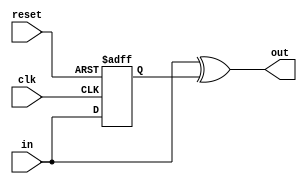
/*
  File: toggle2pulse.v
 
  This file is part of the Parallella FPGA Reference Design.

  Copyright (C) 2013 Adapteva, Inc.
  Contributed by Roman Trogan <support@adapteva.com>

  This program is free software: you can redistribute it and/or modify
  it under the terms of the GNU General Public License as published by
  the Free Software Foundation, either version 3 of the License, or
  (at your option) any later version.

  This program is distributed in the hope that it will be useful,
  but WITHOUT ANY WARRANTY; without even the implied warranty of
  MERCHANTABILITY or FITNESS FOR A PARTICULAR PURPOSE.  See the
  GNU General Public License for more details.

  You should have received a copy of the GNU General Public License
  along with this program (see the file COPYING).  If not, see
  <http://www.gnu.org/licenses/>.
*/
module toggle2pulse(/*AUTOARG*/
   // Outputs
   out,
   // Inputs
   clk, in, reset
   );

   
   //clocks
   input  clk; 
   
   input  in;   
   output out;

   //reset
   input  reset;
   reg 	  out_reg;
         
   always @ (posedge clk or posedge reset)
     if(reset)
       out_reg <= 1'b0;
     else
       out_reg <= in;
      
   assign out = in ^ out_reg;

endmodule